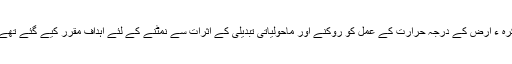
کرّہ ء ارض کے درجہ حرارت کے عمل کو روکنے اور ماحولیاتی تبدیلی کے اثرات سے نمٹنے کے لئے اہداف مقرر کیے گئے تھے۔